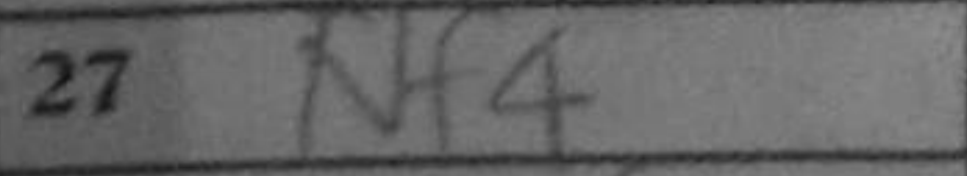
Transcription: Nf4